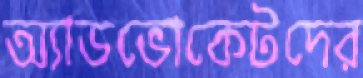
অ্যাডভোকেটদের